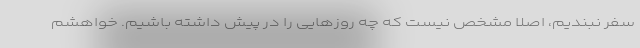
سفر نبندیم، اصلا مشخص نیست که چه روزهایی را در پیش داشته باشیم. خواهشم